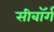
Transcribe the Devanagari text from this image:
सीबॉर्ग